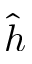
\hat { h }